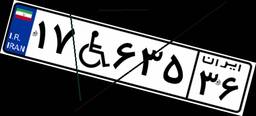
۱۷W۶۳۵۳۶